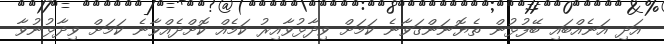
އަދި އަނެއްބައި ބޭފުޅުން ތެޔޮނަންގަވާނެ ކަމަށް ވިދާޅުވާއިރު ކަމެއް ކޮށްދެއްވާނެ ކަމަށް ވިދާޅުނުވާ